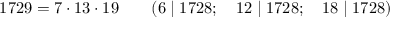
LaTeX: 1 7 2 9 = 7 \cdot 1 3 \cdot 1 9 \qquad ( 6 \mid 1 7 2 8 ; \quad 1 2 \mid 1 7 2 8 ; \quad 1 8 \mid 1 7 2 8 )